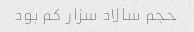
حجم سالاد سزار کم بود